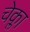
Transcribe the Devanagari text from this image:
चेक्ला